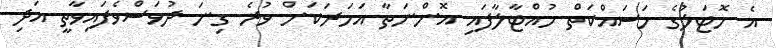
އެ ހޮޓަލުގެ މަސައްކަތް ހުއްޓާލާފައި އޮންނަތާ އަހަރަކަށް ވުރެ ގިނަ ދުވަސްވެފައިވާތީ އަދި